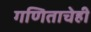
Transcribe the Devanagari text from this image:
गणिताचेही